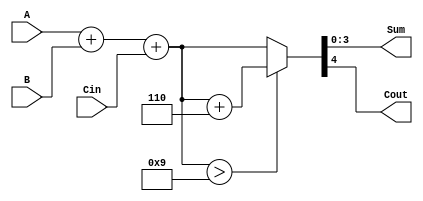
module BCD_Redundant_Binary_Adder (
    input [3:0] A,        // First BCD input in redundant binary format
    input [3:0] B,        // Second BCD input in redundant binary format
    input Cin,            // Carry input
    output reg [3:0] Sum, // BCD output in redundant binary format
    output reg Cout       // Carry output
);

    // Internal signals
    reg [4:0] temp_sum;   // Temporary sum to hold the result of addition
    reg correction;        // Flag to indicate if correction is needed

    always @(*) begin
        // Initialize outputs
        Sum = 4'b0000;
        Cout = 1'b0;
        
        // Perform digit-wise addition
        temp_sum = A + B + Cin; // Add A, B and carry-in

        // Check if correction is needed (if sum exceeds 9)
        if (temp_sum > 9) begin
            correction = 1'b1; // Set correction flag
            temp_sum = temp_sum + 5'b00110; // Add 6 (binary 0110) for BCD correction
        end else begin
            correction = 1'b0; // No correction needed
        end

        // Assign the corrected sum to the output
        Sum = temp_sum[3:0]; // Take the lower 4 bits as the BCD sum
        Cout = temp_sum[4];  // Carry out is the 5th bit of the sum
    end

endmodule